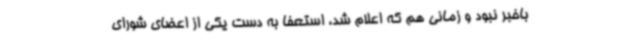
باخبر نبود و زمانی هم که اعلام شد، استعفا به دست یکی از اعضای شورای